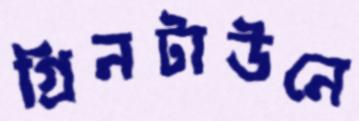
গ্রিনটাউনে